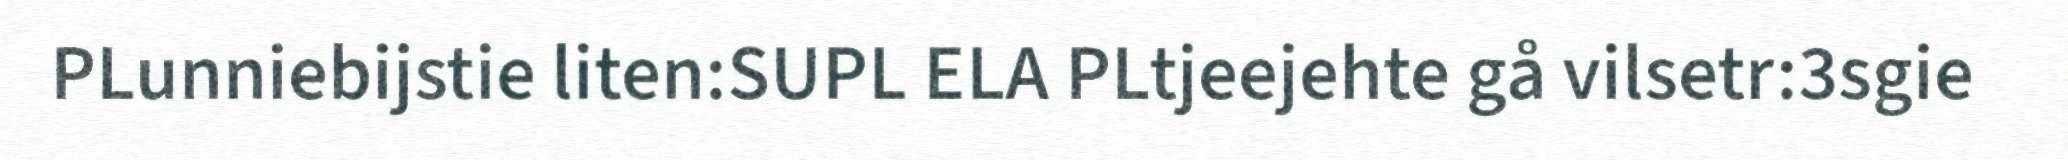
PLunniebijstie liten:SUPL ELA PLtjeejehte gå vilsetr:3sgie